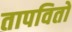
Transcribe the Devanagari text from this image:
तापवितो